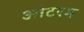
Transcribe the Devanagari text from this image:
ओटरम